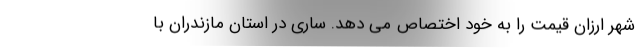
شهر ارزان قیمت را به خود اختصاص می دهد. ساری در استان مازندران با